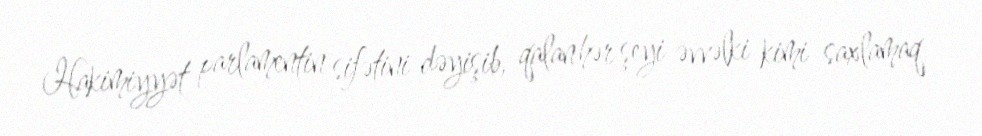
Hakimiyyət parlamentin sifətini dəyişib, qalan hər şeyi əvvəlki kimi saxlamaq